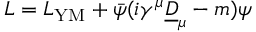
L = L _ { \mathrm { Y M } } + \bar { \psi } ( i \gamma ^ { \mu } \underline { { { D } } } _ { \mu } - m ) \psi